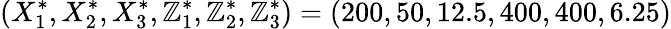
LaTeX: (X_{1}^{*},X_{2}^{*},X_{3}^{*},\mathbb{Z}_{1}^{*},\mathbb{Z}_{2}^{*},\mathbb{Z}_{3}^{*})=(200,50,12.5,400,400,6.25)